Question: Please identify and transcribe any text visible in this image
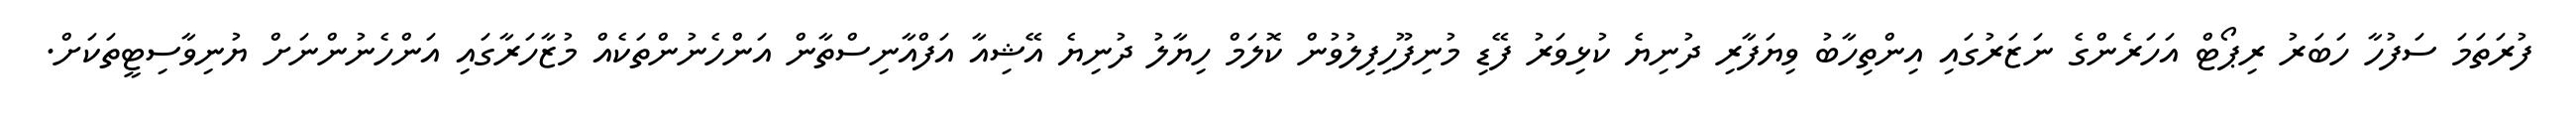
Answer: ފުރަތަމަ ސަފުހާ ހަބަރު ރިޕޯޓް އަހަރެންގެ ނަޒަރުގައި އިންތިހާބު ވިޔަފާރި ދުނިޔެ ކުޅިވަރު ފޭޑި މުނިފޫހިފިލުވުން ކޮލަމް ހިޔާލު ދުނިޔެ އޭޝިއާ އަފްއާނިސްތާން އަންހެނުންތަކެއް މުޒާހަރާގައި އަންހެނުންނަށް ޔުނިވާސިޓީތަކަށް.